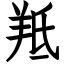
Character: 羝